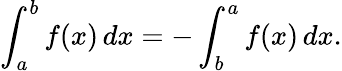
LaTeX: \int_{a}^{b}f(x)\, dx=-\int_{b}^{a}f(x)\, dx.